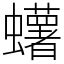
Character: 蠴